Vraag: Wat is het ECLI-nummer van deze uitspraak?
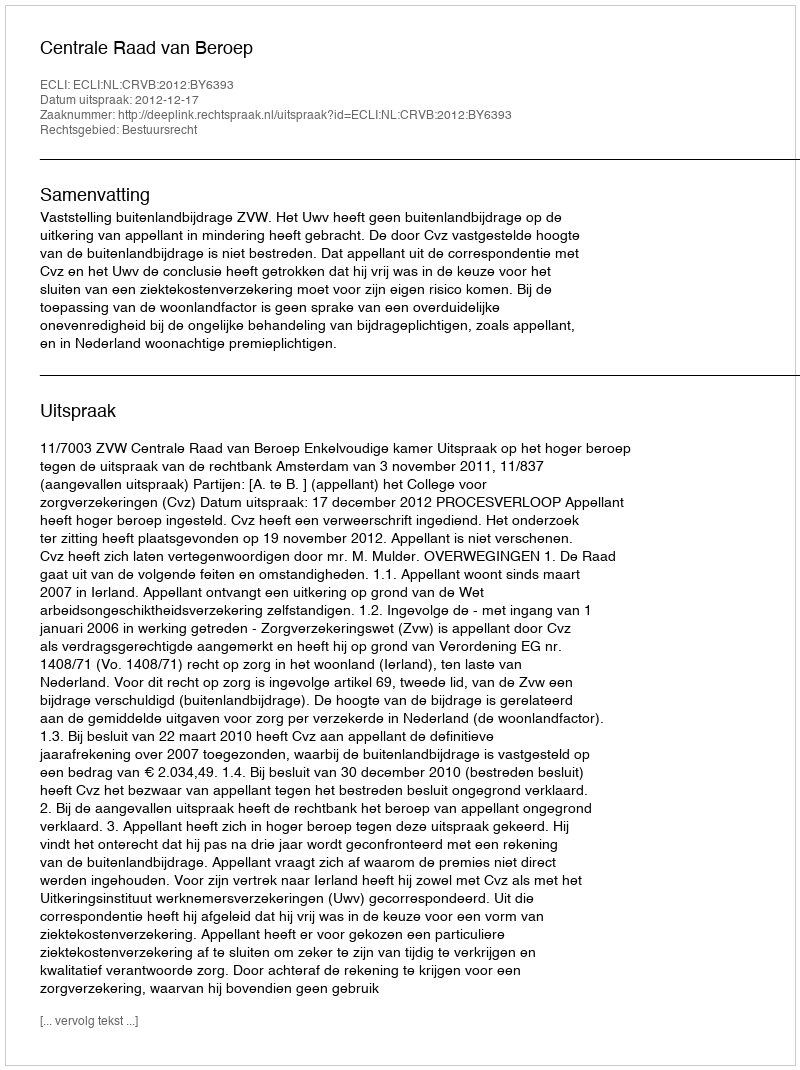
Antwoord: ECLI:NL:CRVB:2012:BY6393